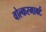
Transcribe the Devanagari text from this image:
वोल्करमार्क्ट